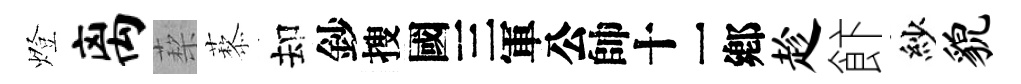
燈离蔾藜却鈔搜别趁飰紗貌